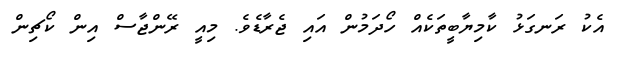
އެކު ރަނގަޅު ކާމިޔާބީތަކެއް ހޯދަމުން އައި ޖެރާޑެވެ. މިއީ ރޭންޖާސް އިން ކޯޗިން